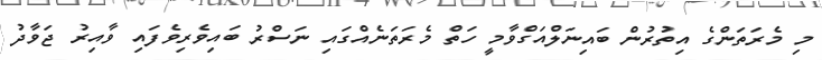
މި މެރަތަންގެ އިތުރުން ބައިނަލްއަގްވާމީ ހަތް މެރަތަނެއްގައި ނަސްރު ބައިވެރިވެފައި ވާއިރު ޖަވާދު